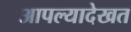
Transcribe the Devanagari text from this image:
आपल्यादेखत